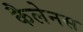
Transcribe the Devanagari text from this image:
कैलेनस